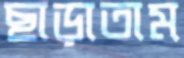
ছাড়াতাম